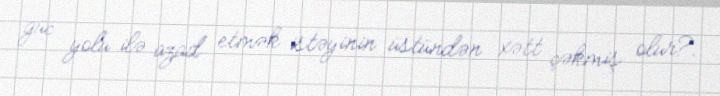
güc yolu ilə azad etmək istəyinin üstündən xətt çəkmiş olur?.